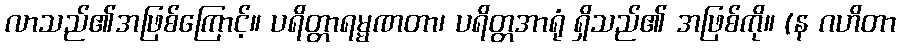
လာသည်၏အဖြစ်ကြောင့်။ ပရိတ္တာရမ္မဏတာ၊ ပရိတ္တအာရုံ ရှိသည်၏ အဖြစ်ကို။ (န ဂဟိတာ